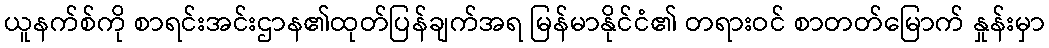
ယူနက်စ်ကို စာရင်းအင်းဌာန၏ထုတ်ပြန်ချက်အရ မြန်မာနိုင်ငံ၏ တရားဝင် စာတတ်မြောက် နှုန်းမှာ